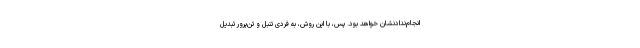
انجام‌ندادنشان خواهد بود. پس، با این روش، به فردی تنبل و تن‌پرور تبدیل